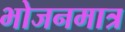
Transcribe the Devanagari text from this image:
भोजनमात्र